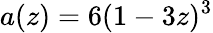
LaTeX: a(z)=6(1-3z)^{3}